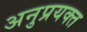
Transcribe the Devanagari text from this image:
अनुप्रयक्त